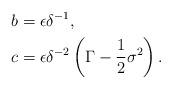
LaTeX: \begin{align*}b&=\epsilon\delta^{-1},\\ c&=\epsilon\delta^{-2}\left(\Gamma -\frac{1}{2}\sigma^2\right).\end{align*}